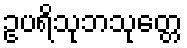
ဥပရိသုဘသုတ္တေ